Annual report on the working of the lock hospitals in the North-Western Provinces and Oudh
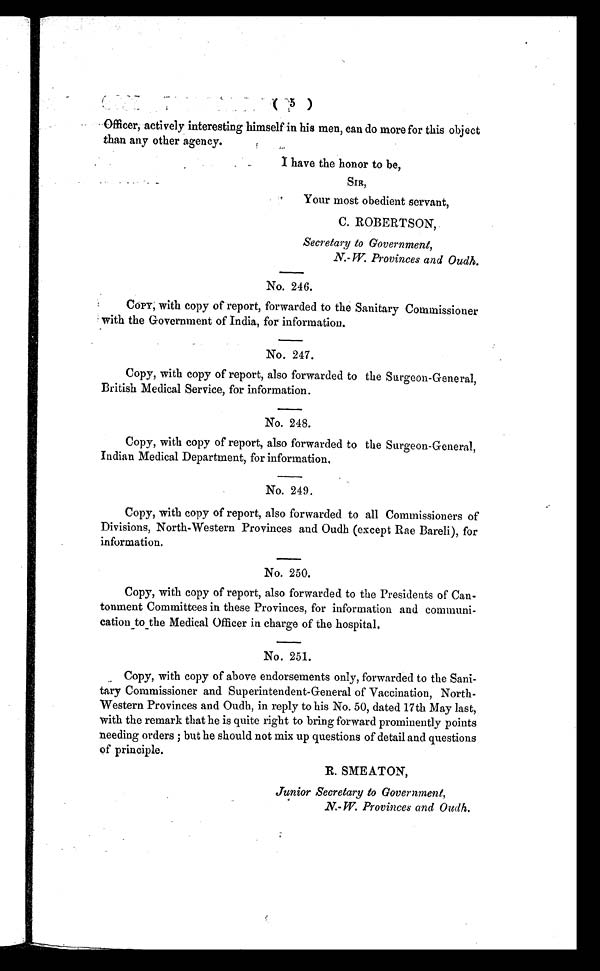
( 5 )
Officer, actively interesting himself in his men, can do more for this object
than any other agency.
I have the honor to be,
SIR,
Your most obedient servant,
C. ROBERTSON,
Secretary to Government,
N.- W. Provinces and Oudh.
No. 246.
COPY; with copy of report, forwarded to the Sanitary Commissioner
with the Government of India, for information.
No. 247.
Copy, with copy of report, also forwarded to the Surgeon-General,
British Medical Service, for information.
No. 248.
Copy, with copy of report, also forwarded to the Surgeon-General,
Indian Medical Department, for information.
No. 249.
Copy, with copy of report, also forwarded to all Commissioners of
Divisions, North-Western Provinces and Oudh (except Rae Bareli), for
information.
No. 250.
Copy, with copy of report, also forwarded to the Presidents of Can
tonment Committees in these Provinces, for information and communi
cation to the Medical Officer in charge of the hospital.
No. 251.
Copy, with copy of above endorsements only, forwarded to the Sani
tary Commissioner and Superintendent-General of Vaccination, North-
Western Provinces and Oudh, in reply to his No. 50, dated 17th May last,
with the remark that he is quite right to bring forward prominently points
n e e d i n g o r d e r s ; b u t h e s h o u l d n o t mi x u p q u e s t i o n s o f d e t a i l a n d q u e s t i o n s
of principle.
R. SMEATON,
Junior Secretary to Government,
N.- W.P r o v i n c e s a n d O u d h .